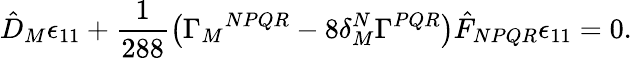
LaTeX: \hat{D}_{M}\epsilon_{11}+\frac 1{288}\left(\Gamma_{M}{}^{NPQR}-8\delta_{M}^{N}\Gamma^{PQR}\right)\hat{F}_{NPQR}\epsilon_{11}=0.